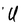
Character: U